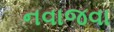
નવાજવા